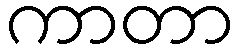
ကာတာ